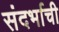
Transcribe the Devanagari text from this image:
संदर्भाची